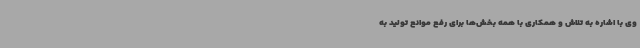
وی با اشاره به تلاش و همکاری با همه بخش‌ها برای رفع موانع تولید به